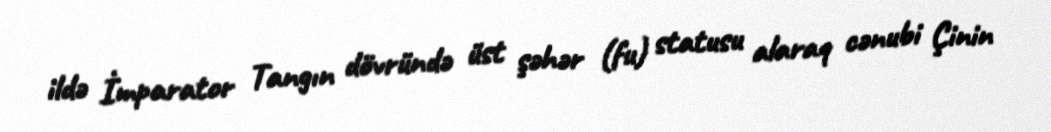
ildə İmparator Tangın dövründə üst şəhər (fu) statusu alaraq cənubi Çinin